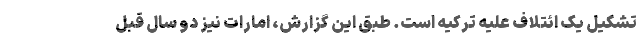
تشکیل یک ائتلاف علیه ترکیه است. طبق این گزارش، امارات نیز دو سال قبل